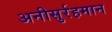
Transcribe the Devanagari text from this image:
अनीसुर्रहमान